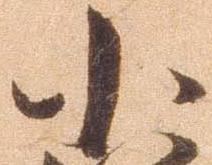
小